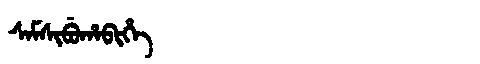
Manchu: ᠰᠠᠮᠰᡳᠪᡠᡥᠠᠪᡳᡥᡝ
Romanization: SAMSIBUHABIHE